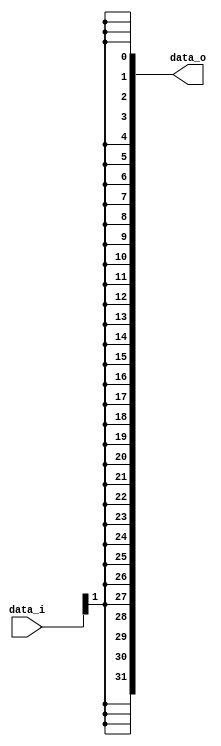
//Subject:     CO project 2 - Sign extend
//--------------------------------------------------------------------------------
//Version:     1
//--------------------------------------------------------------------------------
//Writer:      
//----------------------------------------------
//Date:        
//----------------------------------------------
//Description: 
//--------------------------------------------------------------------------------

module Sign_Extend(
    data_i,
    data_o
    );
               
parameter size = 0;			   
//I/O ports
input   [size-1:0] data_i;
output  [32-1:0] data_o;

//Internal Signals
reg     [32-1:0] data_o;
integer i;
//Sign extended
always @(*) begin
    for( i = 0 ; i < 32 ; i=i+1)
        data_o[i] = (i < size) ? data_i[i] : data_i[size-1];
end
endmodule